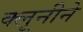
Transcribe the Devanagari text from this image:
क्लूनीने